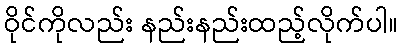
ဝိုင်ကိုလည်း နည်းနည်းထည့်လိုက်ပါ။